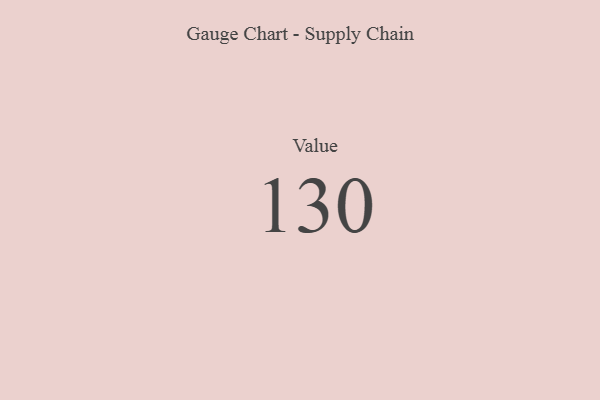
{"axis": {"x": "Metric", "y": "Value"}, "legend": [""], "data": [{"x": "Value", "y": 130, "type": ""}]}